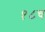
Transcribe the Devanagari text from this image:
१८च